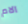
آلام